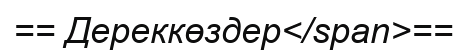
== Дереккөздер</span>==